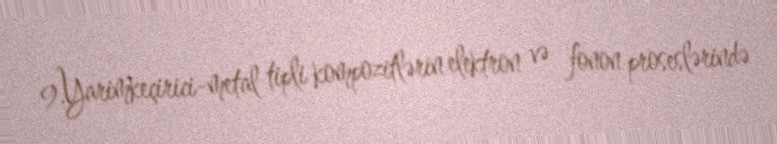
9.Yarimkeçirici-metal tipli kompozitlərin elektron və fonon proseslərində